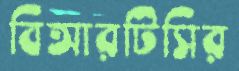
বিআরটিসির